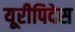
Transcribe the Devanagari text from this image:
यूरीपिदेस